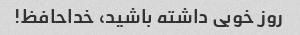
روز خوبی داشته باشید، خداحافظ!